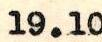
19.10